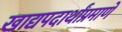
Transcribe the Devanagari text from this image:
खाद्यपदार्थांप्रमाणे